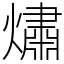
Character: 熽